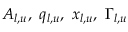
A _ { l , u } , \ q _ { l , u } , \ x _ { l , u } , \ \Gamma _ { l , u }